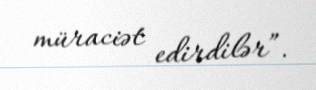
müraciət edirdilər”.